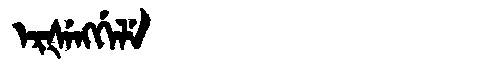
Manchu: ᡝᡵᡧᡝᠩᡤᡝᠯᡝ
Romanization: ERŠENGGELE